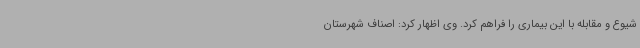
شیوع و مقابله با این بیماری را فراهم کرد. وی اظهار کرد: اصناف شهرستان